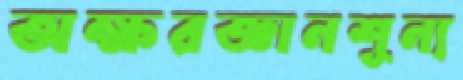
অক্ষরজ্ঞানশূন্য